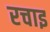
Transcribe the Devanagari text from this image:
रचाइ